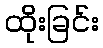
ထိုးခြင်း